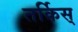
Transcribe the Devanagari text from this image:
तर्किस्